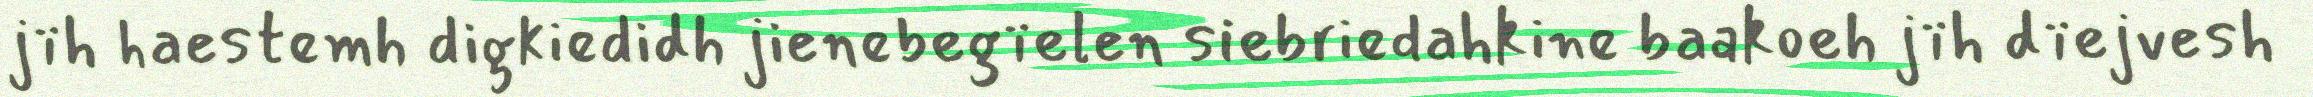
jïh haestemh digkiedidh jienebegïelen siebriedahkine baakoeh jïh dïejvesh